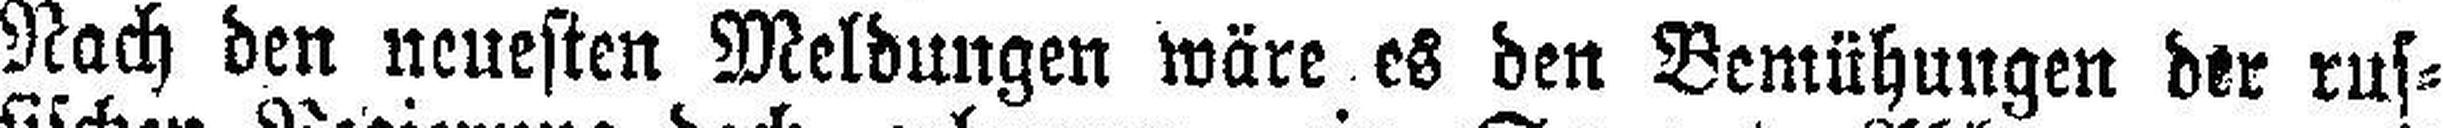
Nach den neuesten Meldungen wäre es den Bemühungen dir rus¬